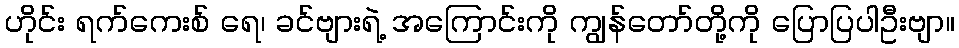
ဟိုင်း ရက်ကေးစ် ရေ၊ ခင်ဗျားရဲ့ အကြောင်းကို ကျွန်တော်တို့ကို ပြောပြပါဦးဗျာ။